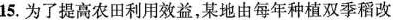
15.为了提高农田利用效益，某地由每年种植双季稻改